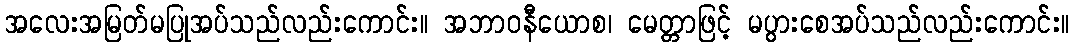
အလေးအမြတ်မပြုအပ်သည်လည်းကောင်း။ အဘာဝနီယောစ၊ မေတ္တာဖြင့် မပွားစေအပ်သည်လည်းကောင်း။